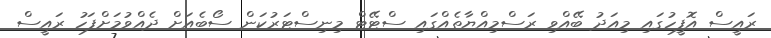
ރައީސް އޮފީހުގައި މިއަދު ބޭއްވި ރަސްމިއްޔާތެއްގައި ސްޓޭޓް މިނިސްޓަރުކަން ސޯބެއަށް ދެއްވުމަށްފަހު ރައީސް